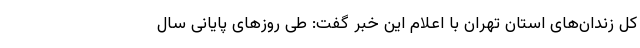
کل زندان‌های استان تهران با اعلام این خبر گفت: طی روزهای پایانی سال